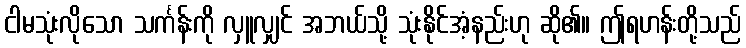
ငါမသုံးလိုသော သင်္ကန်းကို လှူလျှင် အဘယ်သို့ သုံးနိုင်အံ့နည်းဟု ဆို၏။ ဤရဟန်းတို့သည်